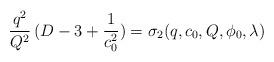
LaTeX: \begin{align*}{q^2 \over Q^2}\, (D-3+ {1 \over c_{0}^2})=\sigma_{2}(q,c_{0},Q,\phi_{0},\lambda)\end{align*}